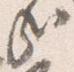
哉